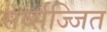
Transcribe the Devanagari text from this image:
सर्व्सज्जित